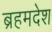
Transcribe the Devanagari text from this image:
ब्रहमदेश